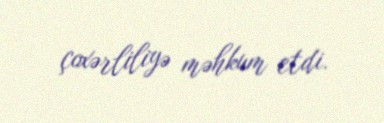
çoxərliliyə məhkum etdi.